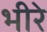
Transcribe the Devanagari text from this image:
भीरे